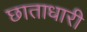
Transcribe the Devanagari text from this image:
छाताधारी